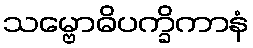
သမ္ဗောဓိပက္ခိကာနံ